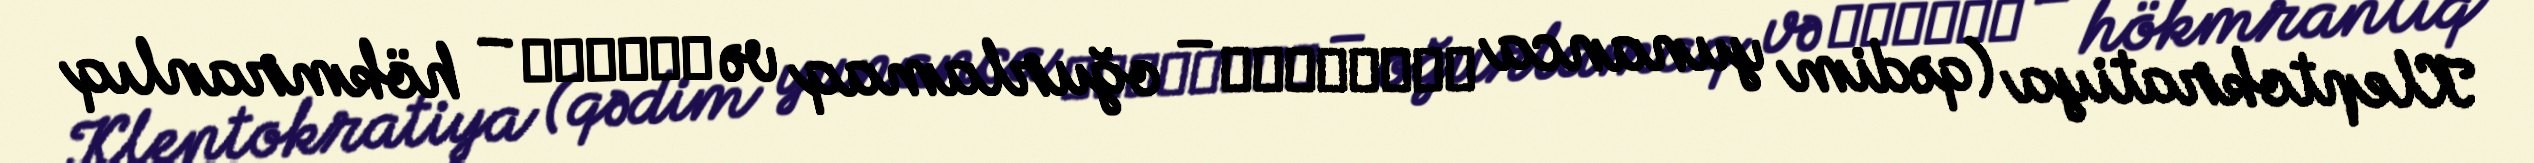
Kleptokratiya (qədim yunanca κλέπτειν – oğurlamaq və κράτος – hökmranlıq